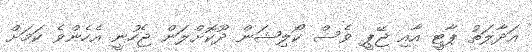
އަދާލަތު ޕާޓީ އާއި ޖޭޕީ ވެސް ކޯލިޝަން ދޫކޮށްލަން ޖެހުނީ އެހެންވެ ކަމަށް